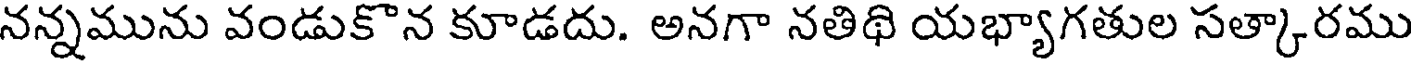
నన్నమును వండుకొన కూడదు. అనగా నతిథి యభ్యాగతుల సత్కారము